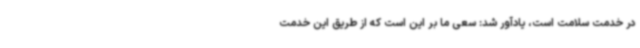
در خدمت سلامت است، یادآور شد: سعی ما بر این است که از طریق این خدمت